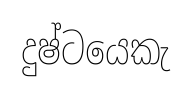
දුෂ්ටයෙකැ